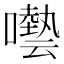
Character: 𡂞